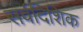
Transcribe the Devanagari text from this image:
सर्वदिशिक